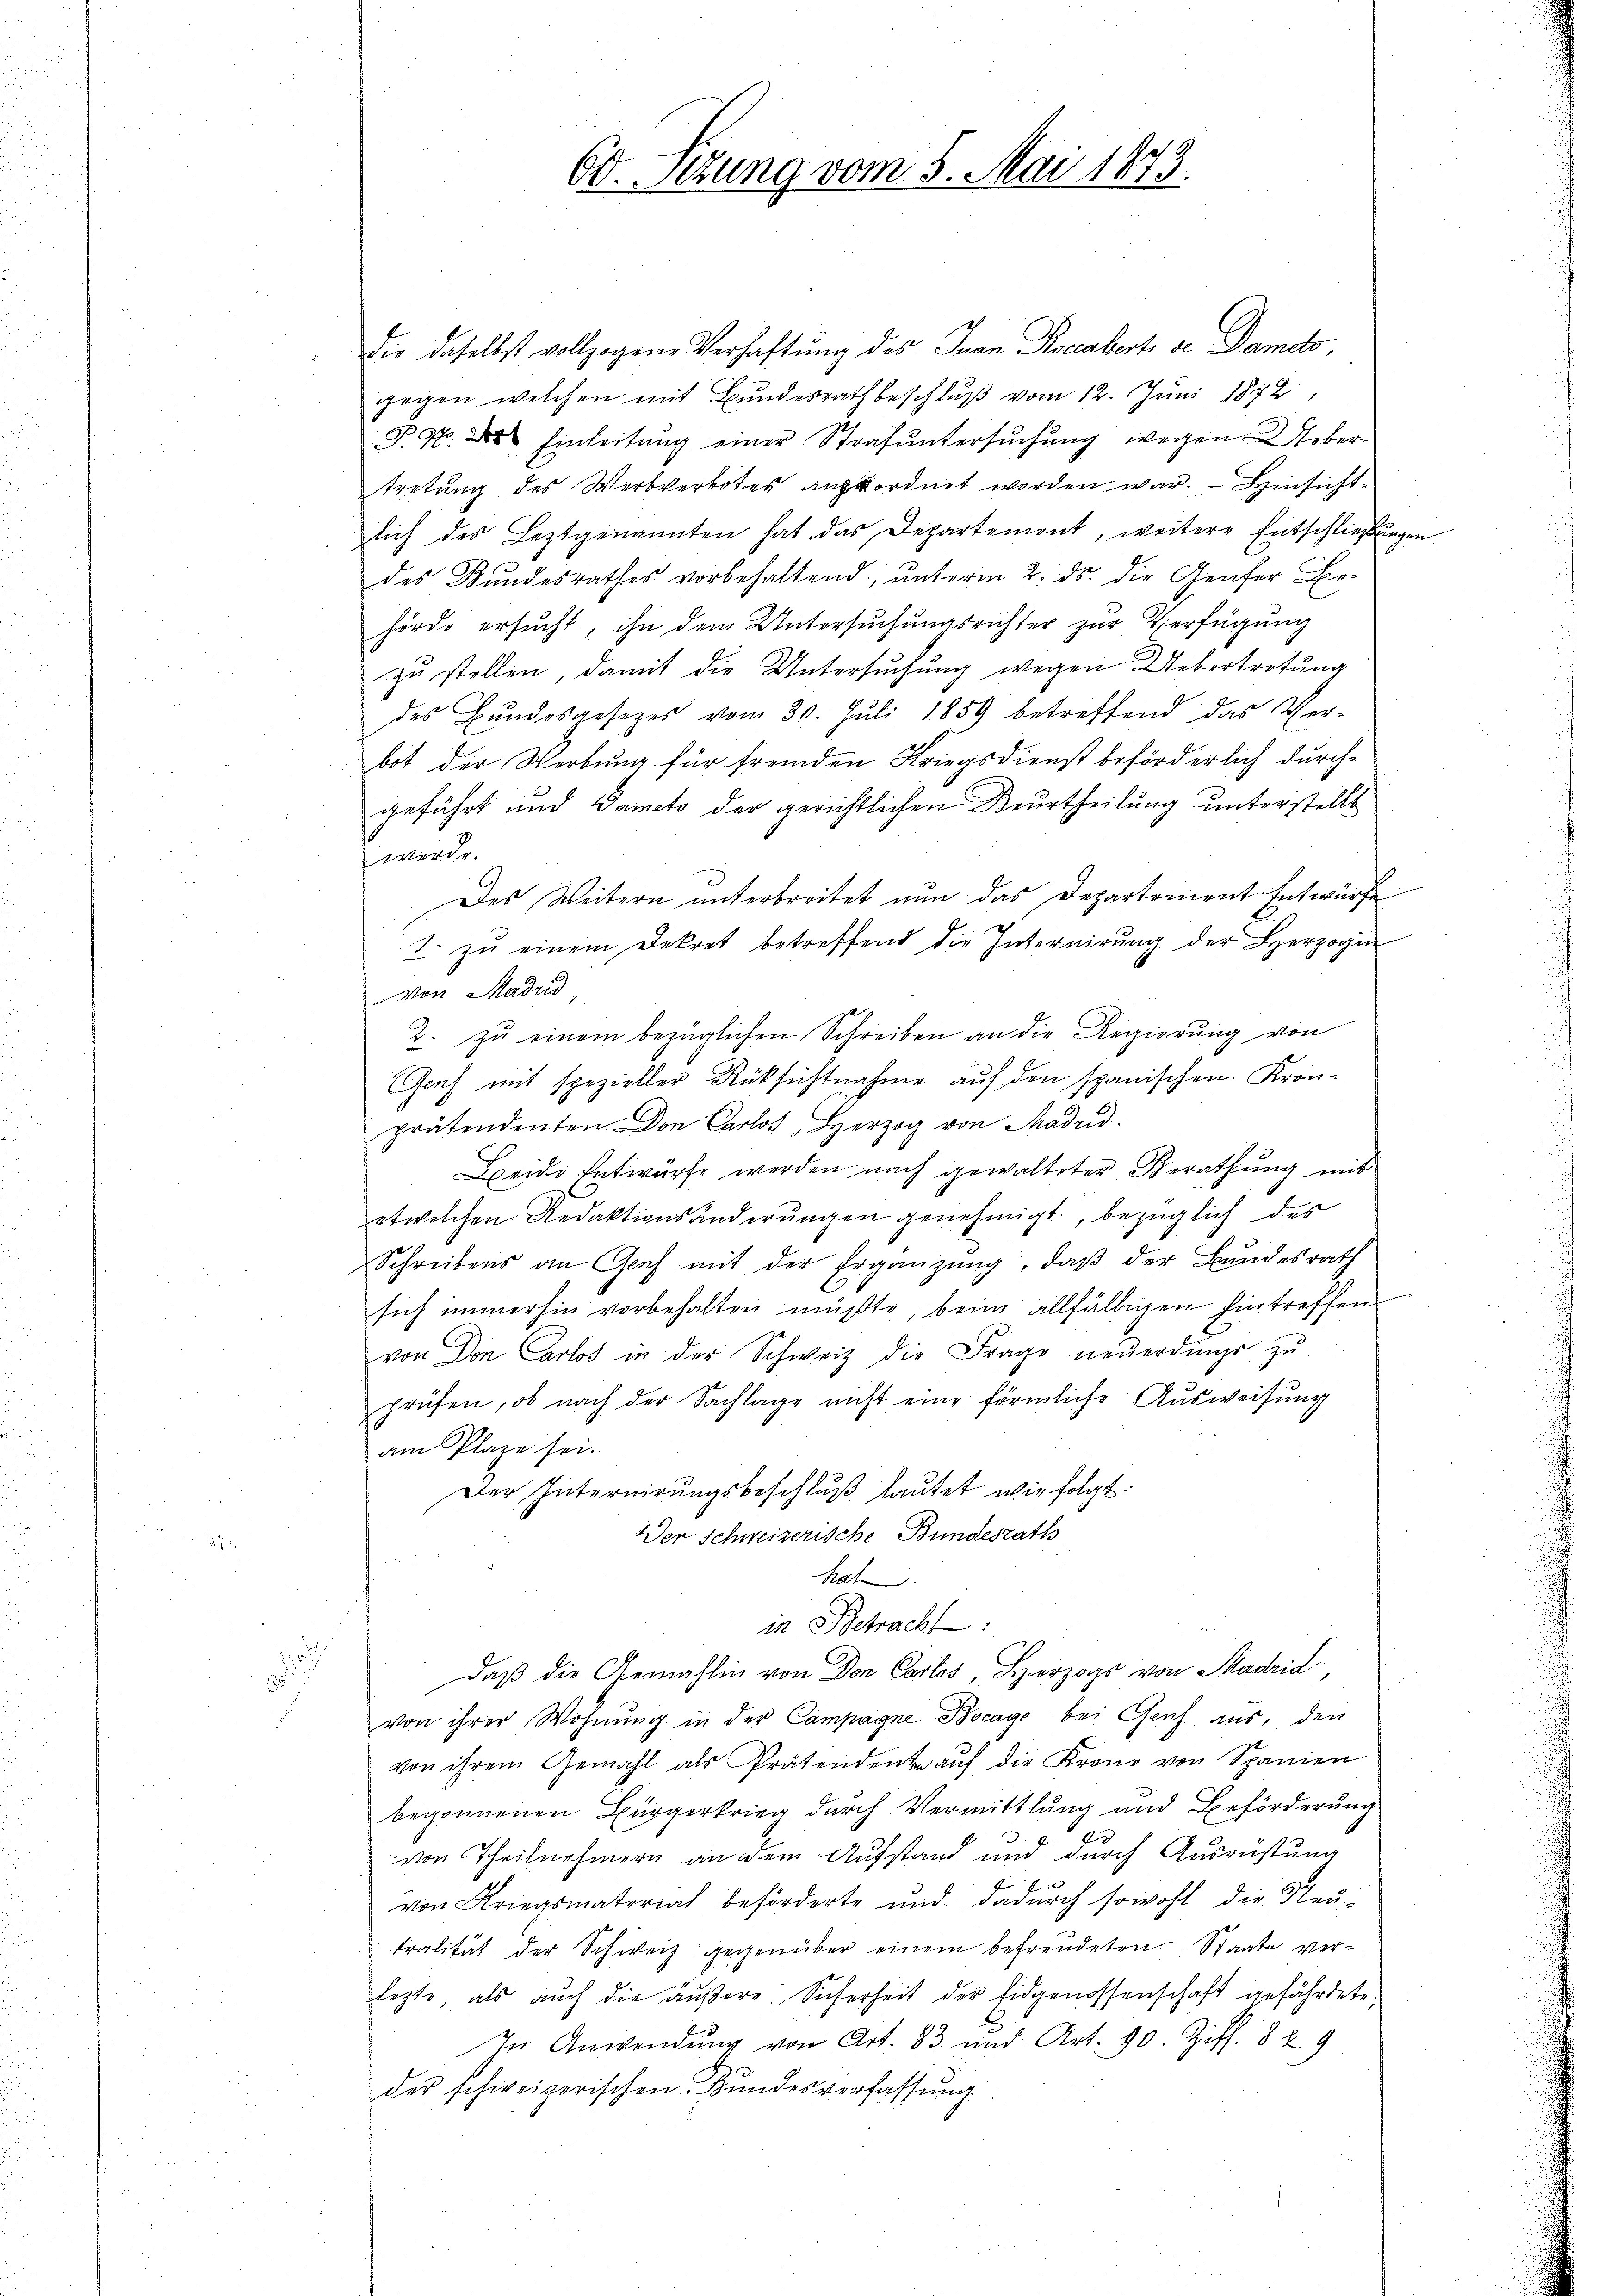
Die daselbst vollzogene Verhaftung des Juan Rocaberti de Damato,
gegen welchen mit Bundesrath beschluß vom 12. Juni 1872,
P. 4. d. Einleitŭng einer Strafŭntersŭchŭng wegen Uebertretung des Werbverbotes anzuordnet worden war. - Hinsicht-
lich des Leztgenannten hat das Departemont, weitere Entschließungen
des Bundesrathes vorbehaltend, unterm 2. ds. die Genfer Behörde ersucht, ihn dem Untersuchungsrichter zur Verfügung
zu stellen, damit die Untersuchung wegen Uebertretung
des Bŭndesgesetzes vom 30. Jŭli 1859 betreffend das Ver-
bot der Werbung für fremden Kriegsdienst beförderlich durch-
geführt und Dameto der gerichtlichen Beurtheilung unterstellt
smorde
Des Weitern unterbreitet nun das Departement Entwürfe
2. zŭ einem Dekret betreffend die Internirŭng der Herzogin
von Madrid
2. zŭ einem bezüglichen Schreiben an die Regierŭng von
(Gauch mit spezieller Rüksichtnahme auf den spanischen Kron-
prätendenten Don Carlos, Herzog von Madrid.
Freide Entwürfe werden nach gewalteter Berathung mit
etwelchen Redaktionsänderŭngen genehmigt, bezüglich des
Schreibens an Genf mit der Ergänzung, daß der Bundesrath
sich immerhin vorbehalten müßte, beim allfälligen Eintreffen
von Don Carlos in der Schweiz die Frage neuerdings zu
prüfen, ob nach der Sachlage nicht eine förmliche Ausweisung
am Plaze sei.
Der Internirŭngsbeschlŭβ laŭtet wie folgt:
Der Schweizerische Bundesraths
hat
in Betracht:
daβ die Gemahlin von den Carl, Herz von Maria,
von ihrer Wohnung in der Campagne Bocage bei Genf aus, den
von ihrem Gemahl als Prätendente aŭf die Krono von Spanien
begonnenen Bürgerkrieg durch Vermittlung und Beförderung
von Theilnehmern an dem Aufstand und durch Ausrüstung
von Kriegsmaterial beförderte und dadurch sowohl die Neu-
tralität der Schweiz gegenüber einem befreudeten Staate verlezte, als auch die äußere Sicherheit der Eidgenossenschaft gefährdete,
In Anwendŭng von Art. 83 und Art. 90. Ziff. 829
der schweizerischen Bundesverfassŭng.

60. Sizung vom 5. Mai 1873.